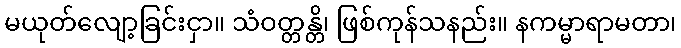
မယုတ်လျော့ခြင်းငှာ။ သံဝတ္တန္တိ၊ ဖြစ်ကုန်သနည်း။ နကမ္မာရာမတာ၊